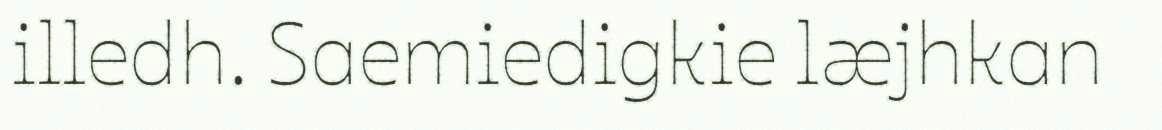
illedh. Saemiedigkie læjhkan